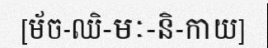
[ម័ច-ឈិ-មៈ-និ-កាយ]